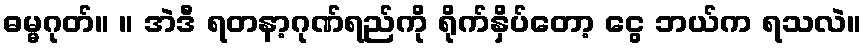
ဓမ္မဂုတ်။ ။ အဲဒီ ရတနာ့ဂုဏ်ရည်ကို ရိုက်နှိပ်တော့ ငွေ ဘယ်က ရသလဲ။